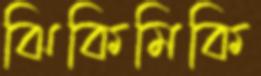
ঝিকিমিকি